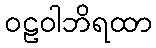
ဝဠဝါဘိရထာ